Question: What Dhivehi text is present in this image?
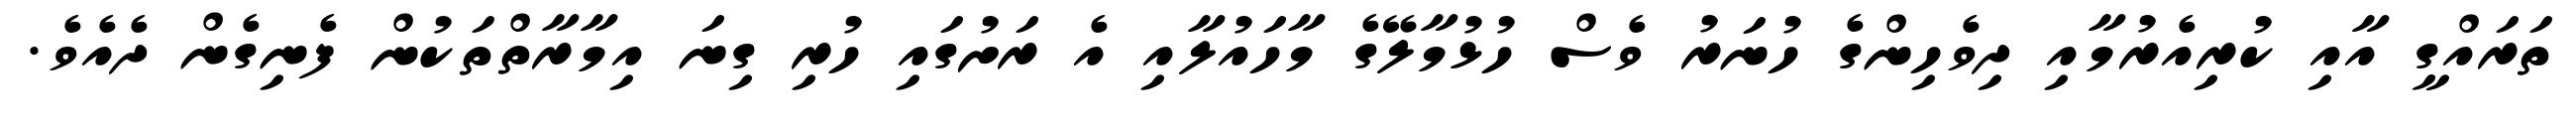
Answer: ތަރައްގީ އާއި ކުރިއެރުމާއި ދިވެހިންގެ ހުނަރު ވެސް ހުޅުމާލޭގެ މާހައުލާއި އެ ރަށުގައި ހުރި ގިނަ އިމާރާތްތަކުން ފެނިގެން ދެއެވެ.